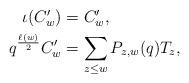
LaTeX: \begin{align*} \begin{aligned} \iota(C'_w)&=C'_w,\\ q^{\frac{\ell(w)}{2}}C'_w&=\sum_{z\leq w}P_{z,w}(q)T_z, \end{aligned} \end{align*}